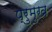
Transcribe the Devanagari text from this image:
प्रुमुख